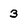
Character: 3